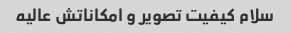
سلام کیفیت تصویر و امکاناتش عالیه